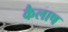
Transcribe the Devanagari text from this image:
कैलाष